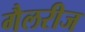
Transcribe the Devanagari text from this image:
गैलरीज